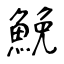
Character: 鮸